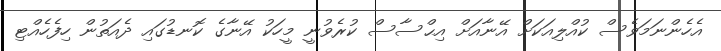
އެހެންނަމަވެސް ކުއްލިއަކަށް އޭނާއަށް އިޙްސާސް ކުރެވުނީ މީހަކު އޭނާގެ ކޮނޑުގައި ދެއަތުން ހިފެހެއްޓި